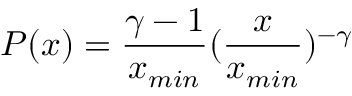
P ( x ) = \frac { \gamma - 1 } { x _ { m i n } } ( \frac { x } { x _ { m i n } } ) ^ { - \gamma }